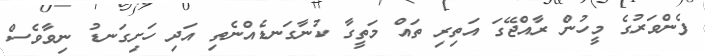
ފެންވަރުގެ މީހުން ރާއްޖޭގަ އަތިރި ތައް މަތީގާ ކުނާގަނޑެއްނެތި އަދި ހަށިގަނޑު ނިވާވެސް